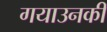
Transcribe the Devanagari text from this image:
गयाउनकी